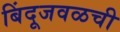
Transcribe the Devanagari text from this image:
बिंदूजवळची